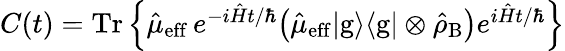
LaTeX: \begin{array}{r}{C(t)=\mathrm{Tr}\left\lbrace\hat{\mu}_{\mathrm{eff}}\, {e}^{-i\hat{H}t/\hbar}\big(\hat{\mu}_{\mathrm{eff}}{|}\mathrm{g}\rangle\langle{\mathrm{g}}|\otimes\hat{\rho}_{\mathrm{B}}\big)e^{i\hat{H}t/\hbar}\right\rbrace}\end{array}